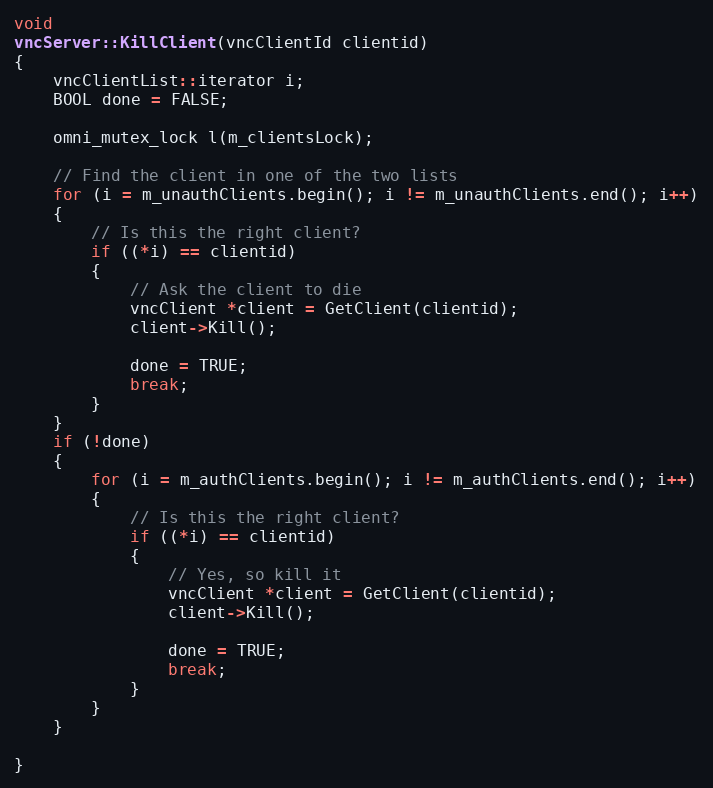
Language: C++
void
vncServer::KillClient(vncClientId clientid)
{
	vncClientList::iterator i;
	BOOL done = FALSE;

	omni_mutex_lock l(m_clientsLock);

	// Find the client in one of the two lists
	for (i = m_unauthClients.begin(); i != m_unauthClients.end(); i++)
	{
		// Is this the right client?
		if ((*i) == clientid)
		{
			// Ask the client to die
			vncClient *client = GetClient(clientid);
			client->Kill();

			done = TRUE;
			break;
		}
	}
	if (!done)
	{
		for (i = m_authClients.begin(); i != m_authClients.end(); i++)
		{
			// Is this the right client?
			if ((*i) == clientid)
			{
				// Yes, so kill it
				vncClient *client = GetClient(clientid);
				client->Kill();

				done = TRUE;
				break;
			}
		}
	}

}